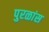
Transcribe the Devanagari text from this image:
पुरळांस